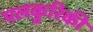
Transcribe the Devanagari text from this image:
पलकुरिकी